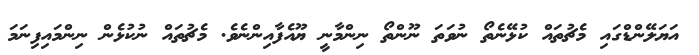
އަޔަލޭންޑްގައި މެޗުތައް ކުޅޭނެތޯ ނުވަތަ ނޫންތޯ ނިންމާނީ ޔޫއެފާއިންނެވެ. މެޗުތައް ނުކުޅެން ނިންމައިފިނަމަ